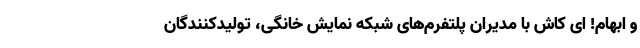
و ابهام! ای کاش با مدیران پلتفرم‌های شبکه نمایش خانگی، تولیدکنندگان